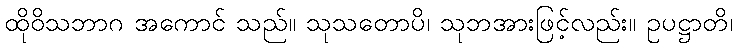
ထိုဝိသဘာဂ အကောင် သည်။ သုသတောပိ၊ သုဘအားဖြင့်လည်း။ ဥပဋ္ဌာတိ၊